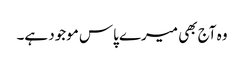
وہ آج بھی میرے پاس موجود ہے۔